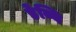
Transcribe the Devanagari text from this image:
डेब्बि